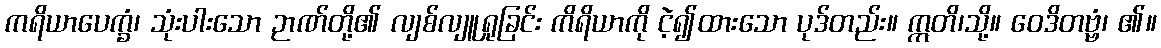
ကရိယာပေက္ခံ၊ သုံးပါးသော ဉာဏ်တို့၏ လျစ်လျူရှုခြင်း ကိရိယာကို ငဲ့၍ထားသော ပုဒ်တည်း။ ဣတိ၊သို့။ ဝေဒိတဗ္ဗံ၊ ၏။